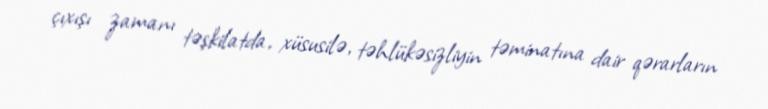
çıxışı zamanı təşkilatda, xüsusilə, təhlükəsizliyin təminatına dair qərarların